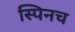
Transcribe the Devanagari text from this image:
स्पिनच